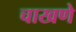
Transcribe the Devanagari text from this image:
चाखणे